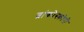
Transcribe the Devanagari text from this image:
ब्रांकोस्कोपी